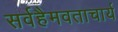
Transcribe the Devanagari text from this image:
सर्वहैमवताचार्य